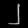
Digit: ၂